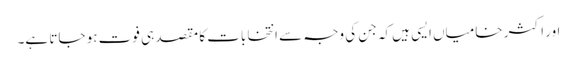
اور اکثر خامیاں ایسی ہیں کہ جن کی وجہ سے انتخابات کا مقصد ہی فوت ہو جاتا ہے۔